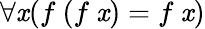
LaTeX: \forall\mathit{x}(f\ (f\ \mathit{x})=f\ \mathit{x})